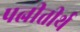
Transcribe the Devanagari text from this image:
पत्नीतीर्थ